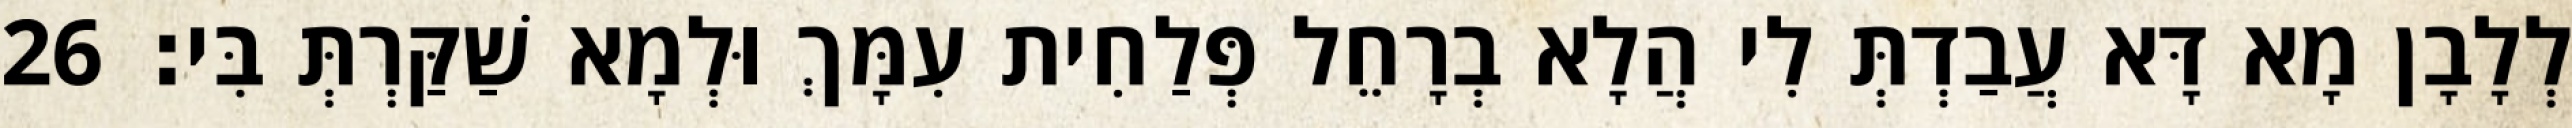
לְלָבָן מָא דָּא עֲבַדְתְּ לִי הֲלָא בְרָחֵל פְּלַחִית עִמָּךְ וּלְמָא שַׁקַּרְתְּ בִּי׃ 26